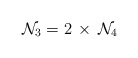
\begin{align*}{\cal N}_3 = 2 \, \times \, {\cal N}_4\end{align*}